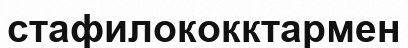
стафилококктармен